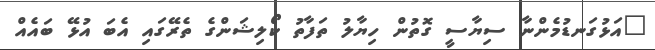
"އަޅުގަނޑުމެންނާ ސިޔާސީ ގޮތުން ހިޔާލު ތަފާތު ކޯލިޝަންގެ ތެރޭގައި އެބަ އުޅޭ ބައެއް